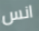
انس